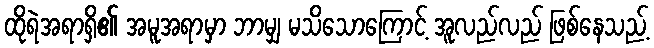
ထိုရဲအရာရှိ၏ အမူအရာမှာ ဘာမျှ မသိသောကြောင့် အူလည်လည် ဖြစ်နေသည့်